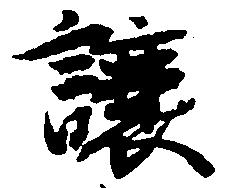
譲